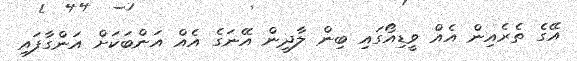
އޭގެ ތެރެއިން އެއް ވީޑިއޯގައި ބިން ލާދީން އޭނަގެ އެއް އަންބަކަށް އަންގާފައި